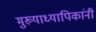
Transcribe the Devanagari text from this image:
मुख्याध्यापिकांनी